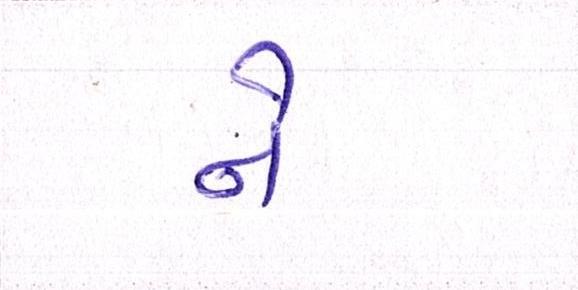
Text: ને